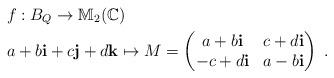
LaTeX: \begin{align*}&f:B_{Q }\to\mathbb{M}_2(\mathbb{C})\\&a+b\textbf{i}+c\textbf{j}+d\textbf{k}\mapsto M=\begin{pmatrix} a+b\textbf{i}&c+d\textbf{i}\\-c+d\textbf{i}&a-b\textbf{i}\end{pmatrix}{~.}\end{align*}